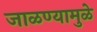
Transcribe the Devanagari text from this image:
जाळण्यामुळे